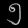
Digit: ၅